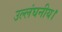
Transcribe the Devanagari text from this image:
उल्लंघनीय।